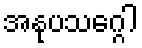
အနုပသဂ္ဂေါ